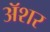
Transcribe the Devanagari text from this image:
अॅशर